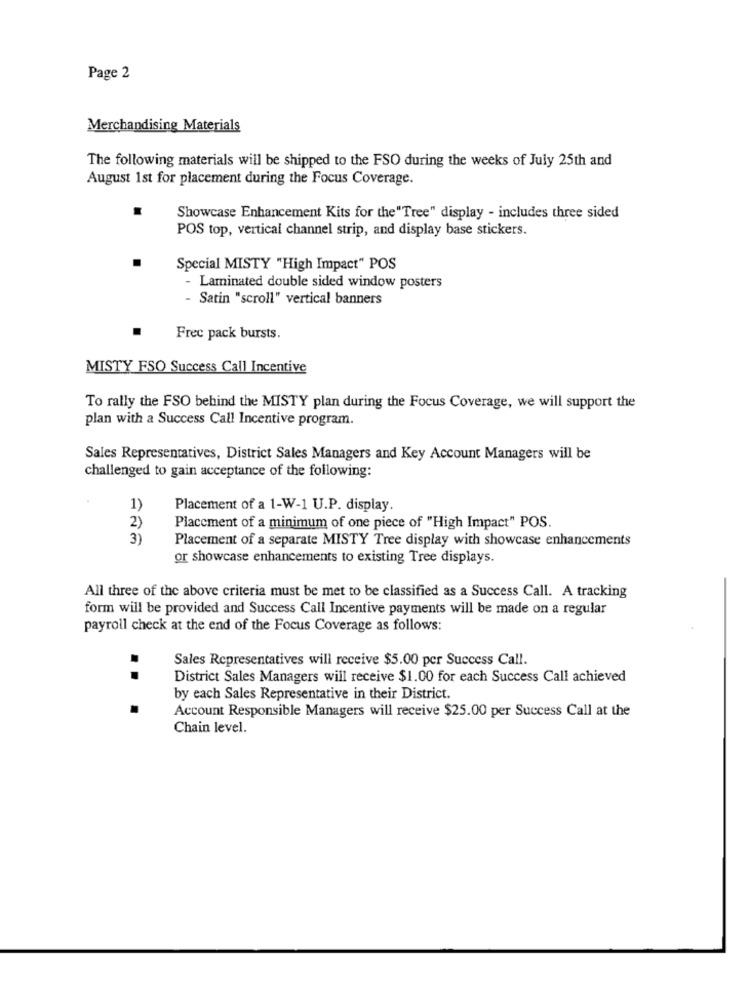
Page 2
Merchandising Materials
The following materials will be shipped to the FSO during the weeks of July 25th and
August 1st for placement during the Focus Coverage.
Showcase Enhancement Kits for the"Tree" display - includes three sided
POS top, vertical channel strip, and display base stickers.
Special MISTY "High Impact" POS
- Laminated double sided window posters
Satin "scroll" vertical banners
Free pack bursts.
MISTY FSO Success Call Incentive
To rally the FSO behind the MISTY plan during the Focus Coverage, we will support the
plan with a Success Call Incentive program.
Sales Representatives, District Sales Managers and Key Account Managers will be
challenged to gain acceptance of the following:
1)
Placement of a 1-W-1 U.P. display.
2)
Placement of a minimum of one piece of "High Impact" POS.
3)
Placement of a separate MISTY Tree display with showcase enhancements
or showcase enhancements to existing Tree displays.
All three of the above criteria must be met to be classified as a Success Call. A tracking
form will be provided and Success Call Incentive payments will be made on a regular
payroll check at the end of the Focus Coverage as follows:
Sales Representatives will receive $5.00 per Success Call.
District Sales Managers will receive $1.00 for each Success Call achieved
by each Sales Representative in their District.
...
Account Responsible Managers will receive $25.00 per Success Call at the
Chain level.